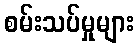
စမ်းသပ်မှုများ